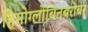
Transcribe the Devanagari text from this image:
हिमोग्लोबिनबरोबर